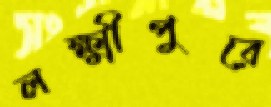
লক্ষ্মীপুরে